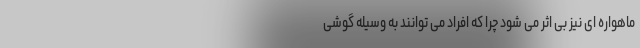
ماهواره ای نیز بی اثر می شود چرا که افراد می توانند به وسیله گوشی